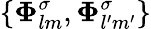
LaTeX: \{ \boldsymbol{\Phi}_{lm}^{\sigma},\boldsymbol{\Phi}_{l^{\prime}m^{\prime}}^{\sigma}\}